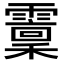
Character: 𩆐